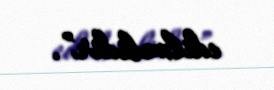
edilməlidir”.